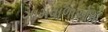
ગામવાળાઓની